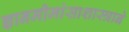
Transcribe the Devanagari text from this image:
ज्ञानमीमांसाशास्त्राने